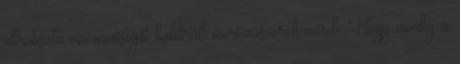
ultratiszta víz minőségét kalibrált mérőműszerek mérik. Hogy mindig a